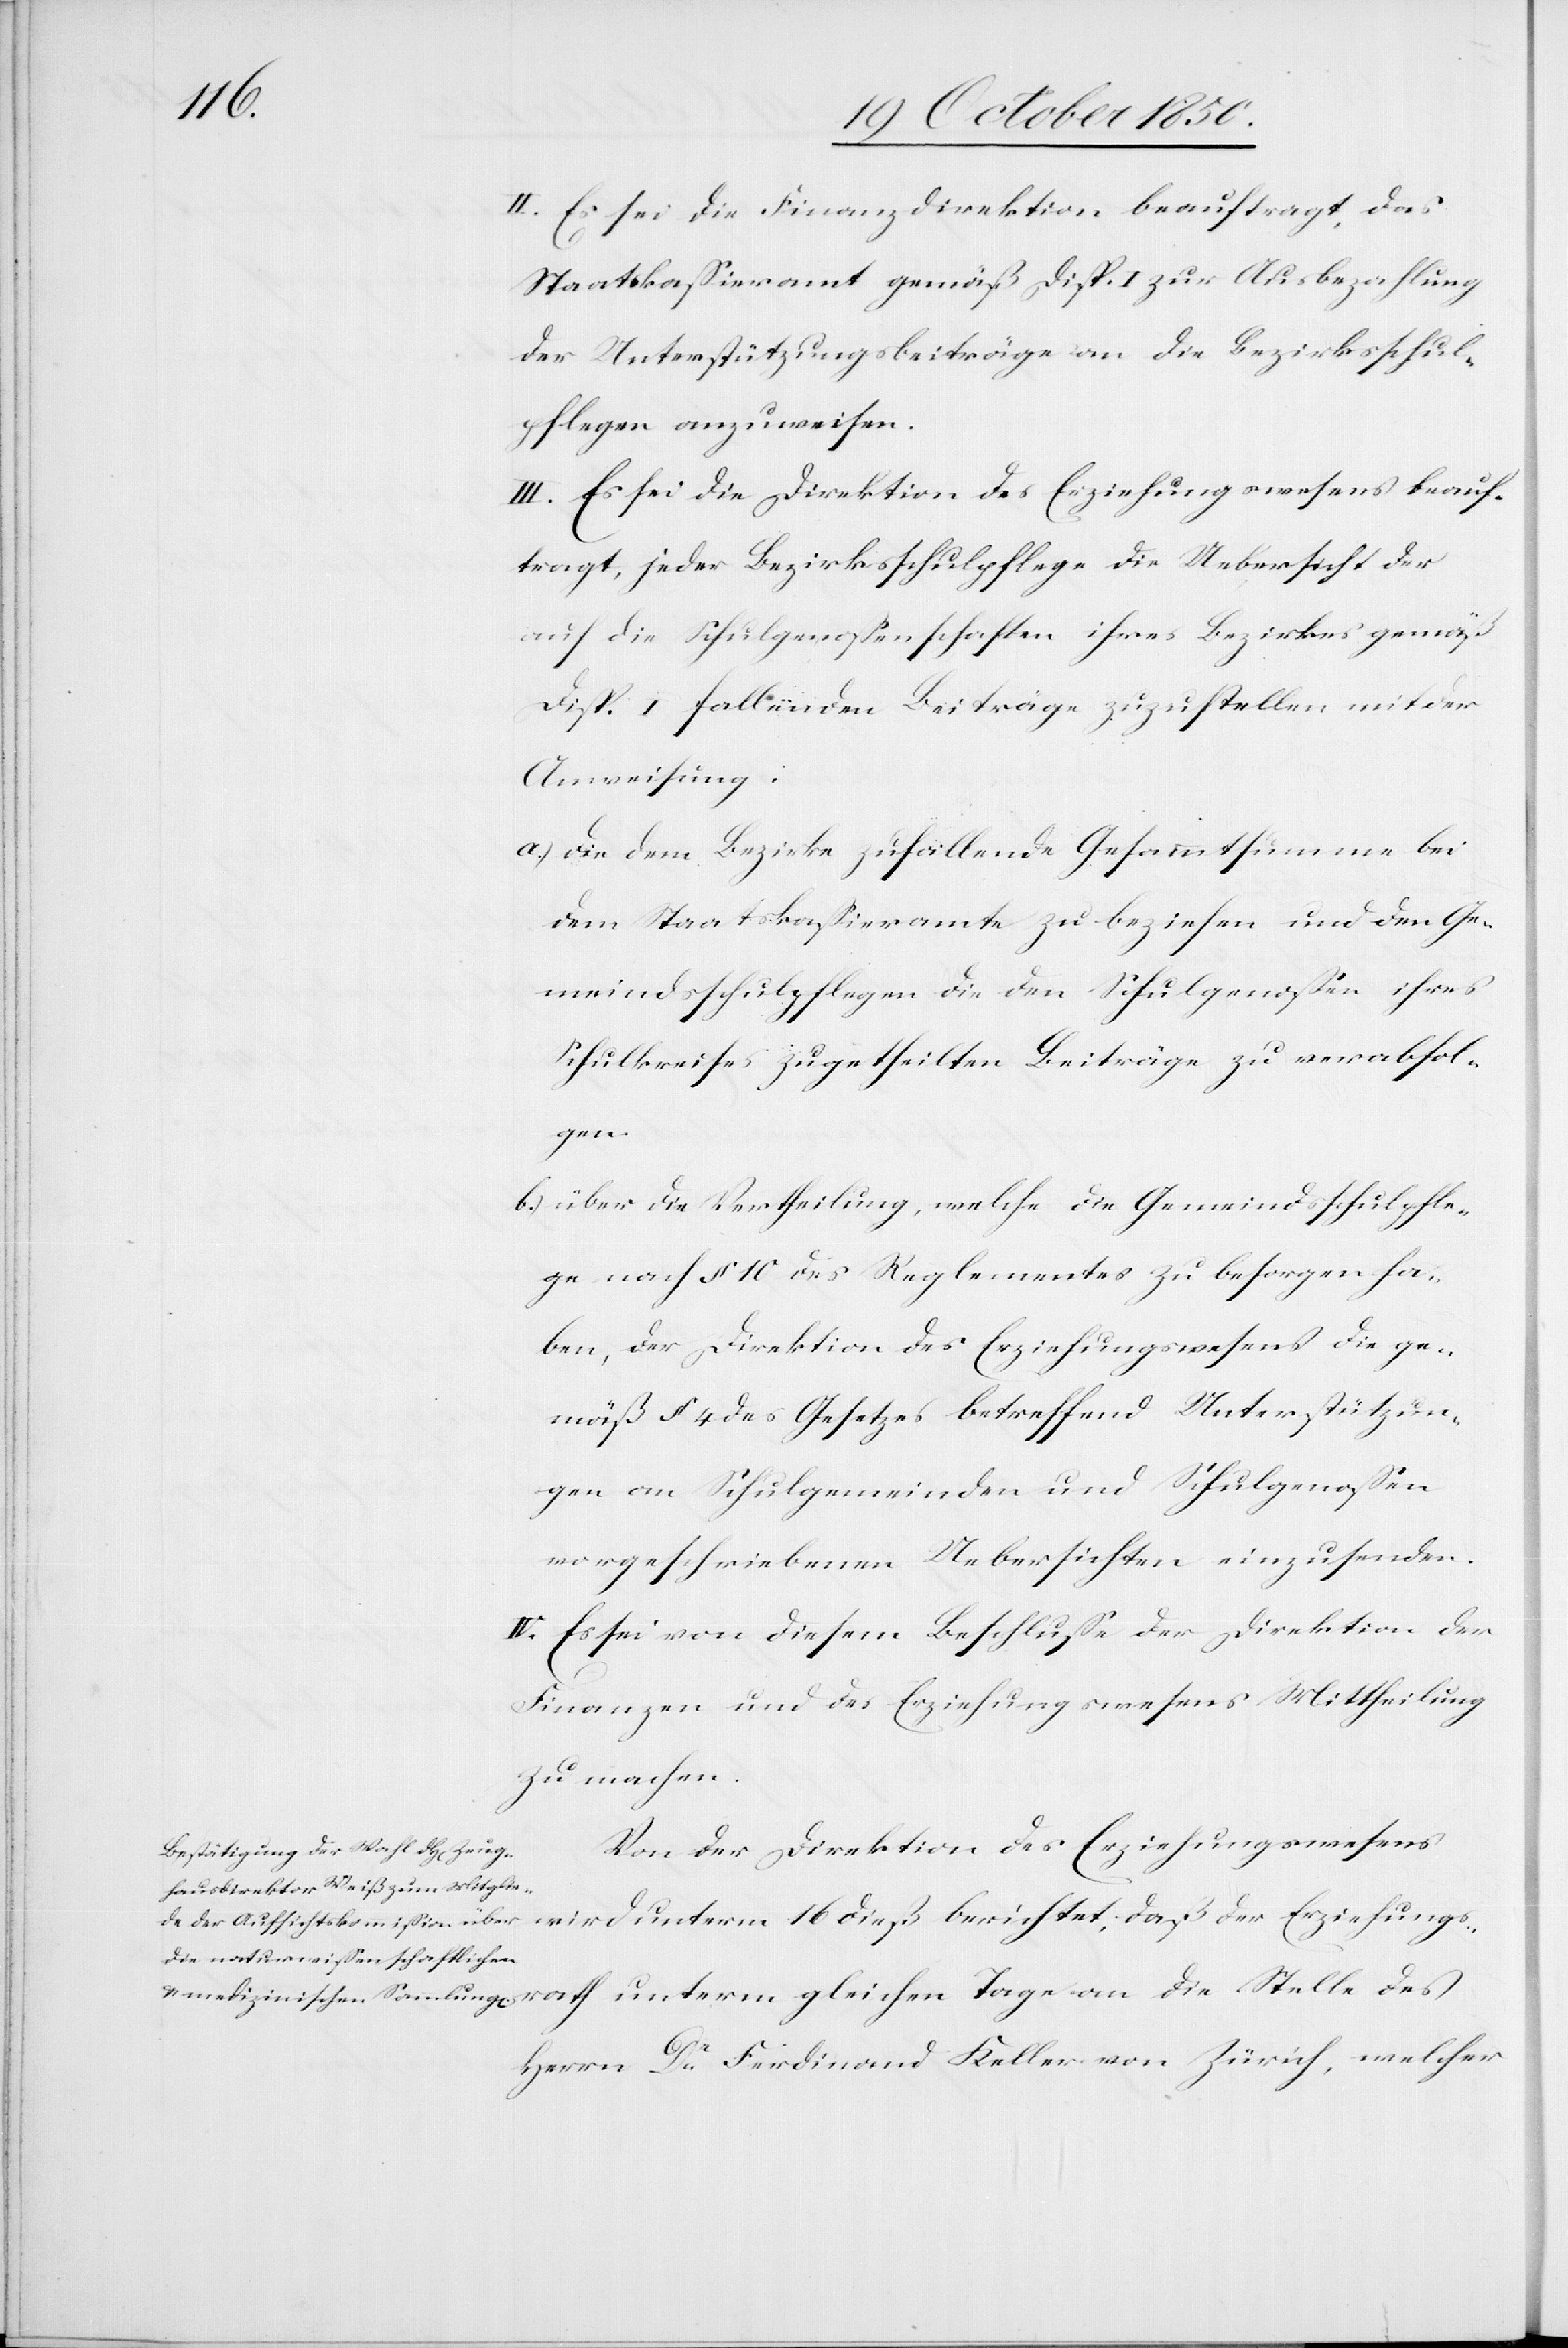
16

II. Es sei die Finanzdirektion beauftragt, das
Staatskassieramt gemäß Disp. I zur Ausbezahlung
der Unterstützungsbeiträge an die Bezirksschul¬
pflegen anzuweisen.
III. Es sei die Direktion des Erziehungswesens beauf¬
tragt, jeder Bezirksschulpflege die Uebersicht der
auf die Schulgenossenschaften ihres Bezirkes gemäß
Disp. I fallenden Beiträge zuzustellen mit der
Anweisung:
a.) die dem Bezirke zufallende Gesammtsumme bei
dem Staatskassieramte zu beziehen und den Ge¬
meindsschulpflegen die den Schulgenossen ihres
Schulkreises zugetheilten Beiträge zu verabfol¬
gen.
b.) über die Vertheilung, welche die Gemeindsschulpfle¬
ge[n] nach § 10 des Reglementes zu besorgen ha¬
ben, der Direktion des Erziehungswesens die ge¬
mäß § 4 des Gesetzes betreffend Unterstützun¬
gen an Schulgemeinden und Schulgenossen
vorgeschriebenen Uebersichten einzusenden.
IV. Es sei von diesem Beschlusse der Direktion [recte:
Finanzen und des Erziehungswesens Mittheilung
zu machen.
Von der Direktion des Erziehungswesens
Herrn Dr Ferdinand Keller von Zürich, welcher